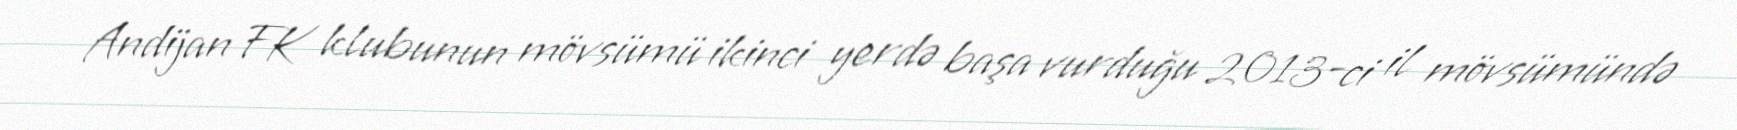
Andijan FK klubunun mövsümü ikinci yerdə başa vurduğu 2013-ci il mövsümündə